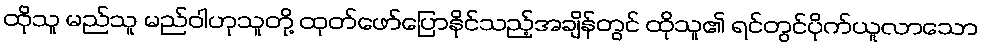
ထိုသူ မည်သူ မည်ဝါဟုသူတို့ ထုတ်ဖော်ပြောနိုင်သည့်အချိန်တွင် ထိုသူ၏ ရင်တွင်ပိုက်ယူလာသော